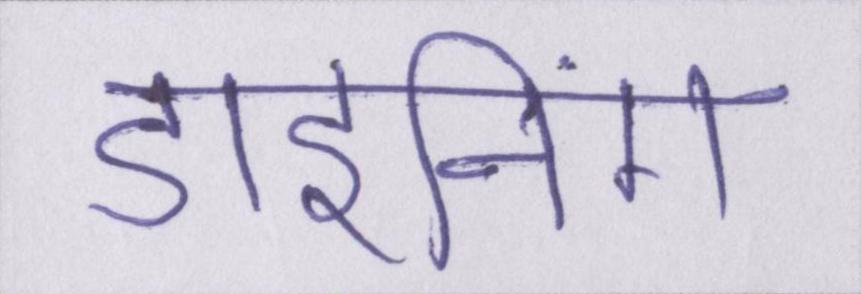
डाइनिंग